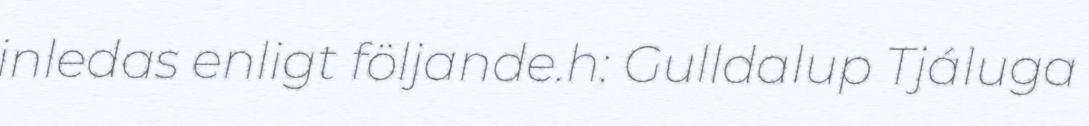
inledas enligt följande.h: Gulldalup Tjáluga